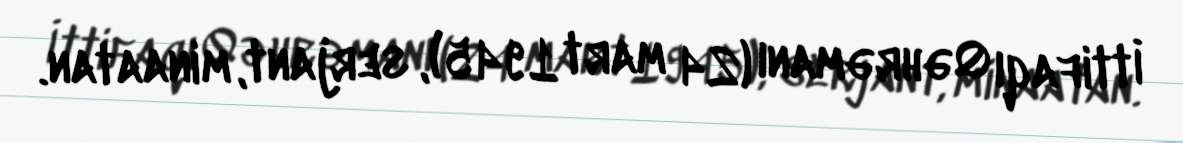
İttifaqı Qəhrəmanı (24 mart 1945), serjant, minaatan.